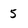
Character: 5